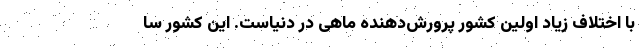
با اختلاف زیاد اولین کشور پرورش‌دهنده ماهی در دنیاست. این کشور سا